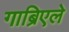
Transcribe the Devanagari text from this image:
गाब्रिएले